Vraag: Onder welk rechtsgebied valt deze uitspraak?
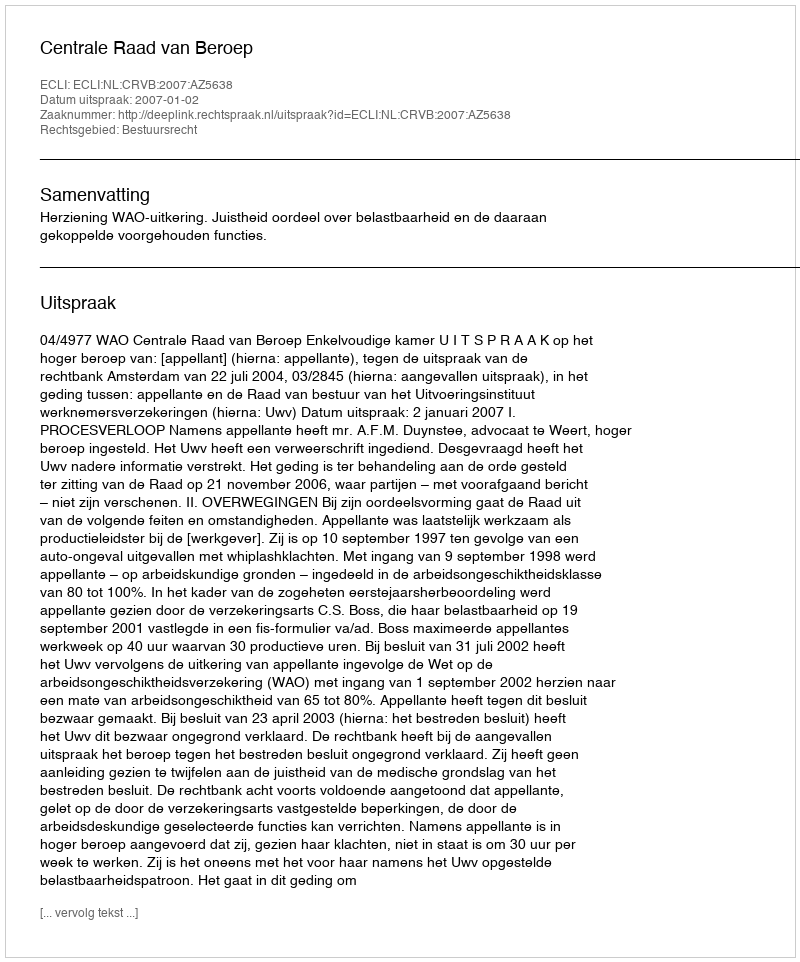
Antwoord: Bestuursrecht